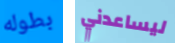
بطوله ليساعدني